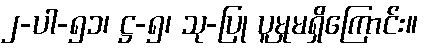
၂-ပါ-၅၁၊ ဋ္ဌ-၅၊ သု-ပြု ပူမှုမရှိကြောင်း။